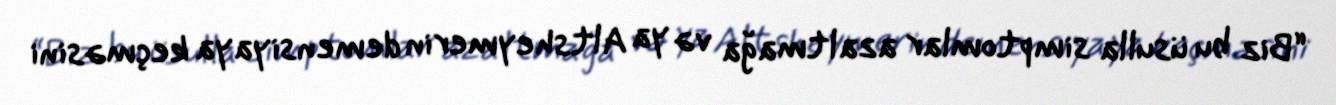
“Biz bu üsulla simptomlar azaltmağa və ya Altsheymerin demensiyaya keçməsini